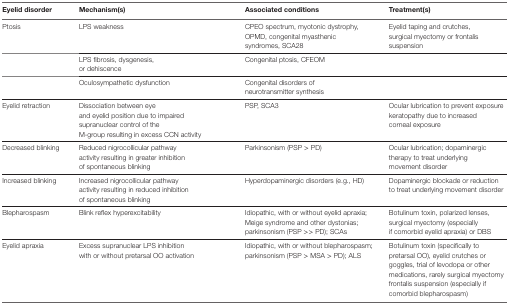
| Eyelid disorder | Mechanism(s) | Associated conditions | Treatment(s) |
 | --- | --- | --- | --- |
 | Ptosis | LPS weakness | CPEO spectrum, myotonic dystrophy, OPMD, congenital myasthenic syndromes, SCA28 | Eyelid taping and crutches, surgical myectomy or frontalis suspension |
 |  | LPS fibrosis, dysgenesis, or dehiscence | Congenital ptosis, CFEOM |  |
 |  | Oculosympathetic dysfunction | Congenital disorders of neurotransmitter synthesis |  |
 | Eyelid retraction | Dissociation between eye and eyelid position due to impaired supranuclear control of the M-group resulting in excess CCN activity | PSP, SCA3 | Ocular lubrication to prevent exposure keratopathy due to increased corneal exposure |
 | Decreased blinking | Reduced nigrocollicular pathway activity resulting in greater inhibition of spontaneous blinking | Parkinsonism (PSP > PD) | Ocular lubrication; dopaminergic therapy to treat underlying movement disorder |
 | Increased blinking | Increased nigrocollicular pathway activity resulting in reduced inhibition of spontaneous blinking | Hyperdopaminergic disorders (e.g., HD) | Dopaminergic blockade or reduction to treat underlying movement disorder |
 | Blepharospasm | Blink reflex hyperexcitability | Idiopathic, with or without eyelid apraxia; Meige syndrome and other dystonias; parkinsonism (PSP >> PD); SCAs | Botulinum toxin, polarized lenses, surgical myectomy (especially if comorbid eyelid apraxia) or DBS |
 | Eyelid apraxia | Excess supranuclear LPS inhibition with or without pretarsal OO activation | Idiopathic, with or without blepharospasm; parkinsonism (PSP > MSA > PD); ALS | Botulinum toxin (specifically to pretarsal OO), eyelid crutches or goggles, trial of levodopa or other medications, rarely surgical myectomy frontalis suspension (especially if comorbid blepharospasm) |